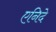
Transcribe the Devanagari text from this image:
एनिदे